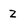
Character: z